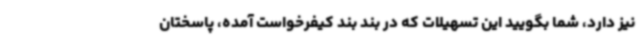
نیز دارد، شما بگویید این تسهیلات که در بند بند کیفرخواست آمده، پاسختان